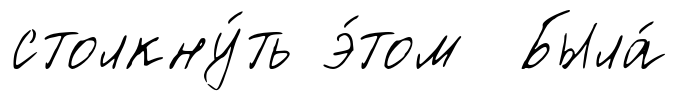
столкну́ть э́том Была́